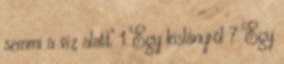
semmi a víz alatt" 1 Egy kislányról 7 Egy